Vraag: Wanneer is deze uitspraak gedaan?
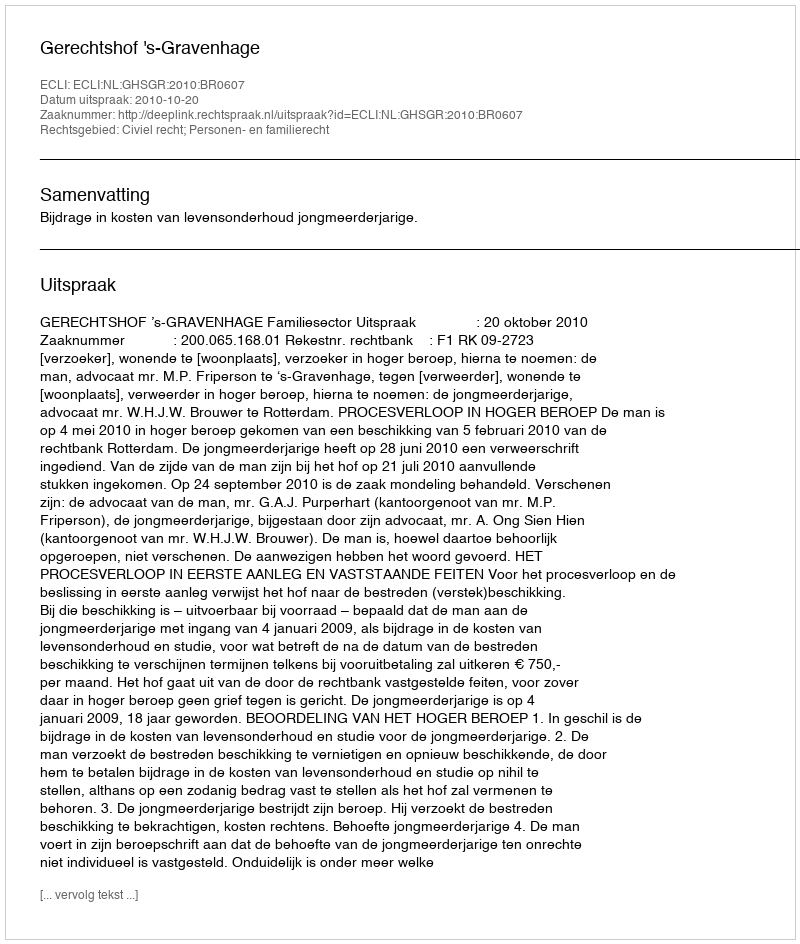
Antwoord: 2010-10-20